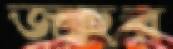
জহুর